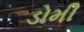
ડોમી